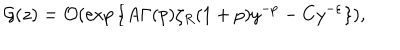
LaTeX: { \cal G } ( z ) = { \cal O } ( \exp { \{ A \Gamma ( p ) \zeta _ { R } ( 1 + p ) y ^ { - p } - C y ^ { - \varepsilon } \} } ) \mathrm { , }